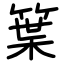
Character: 䈎